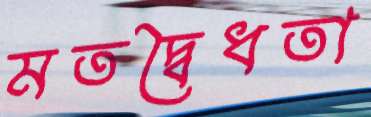
মতদ্বৈধতা